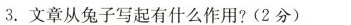
3.文章从兔子写起有什么作用?(2分)